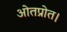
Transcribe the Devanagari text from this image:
ओतप्रोत।